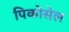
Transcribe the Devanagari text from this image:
पिकोसेल